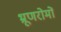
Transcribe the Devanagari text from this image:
भ्रूणरोमों